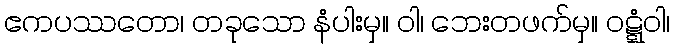
ဧကပဿတော၊ တခုသော နံပါးမှ။ ဝါ၊ ဘေးတဖက်မှ။ ဝဋ္ဋံဝါ၊